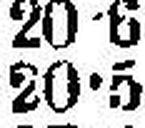
20•5